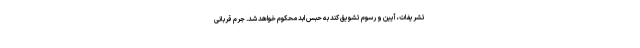
تشریفات، آیین و رسوم تشویق کند به حبس ابد محکوم خواهد شد. جرم قربانی